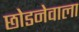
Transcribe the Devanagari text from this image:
छोडनेवाला